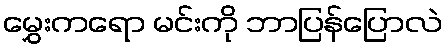
မွှေးကရော မင်းကို ဘာပြန်ပြောလဲ